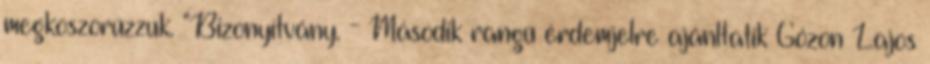
megkoszorúzzuk. "Bizonyítvány. - Második rangú érdemjelre ajánltatik Gózon Lajos